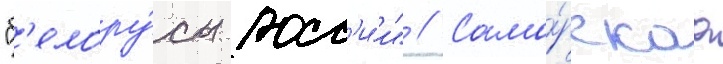
"б'елору́сы росс'и́и" // Сама́рскаа